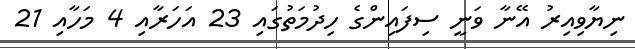
ނިޔާވިއިރު އޭނާ ވަނީ ސިފައިންގެ ހިދުމަތުގައި 23 އަހަރާއި 4 މަހާއި 21